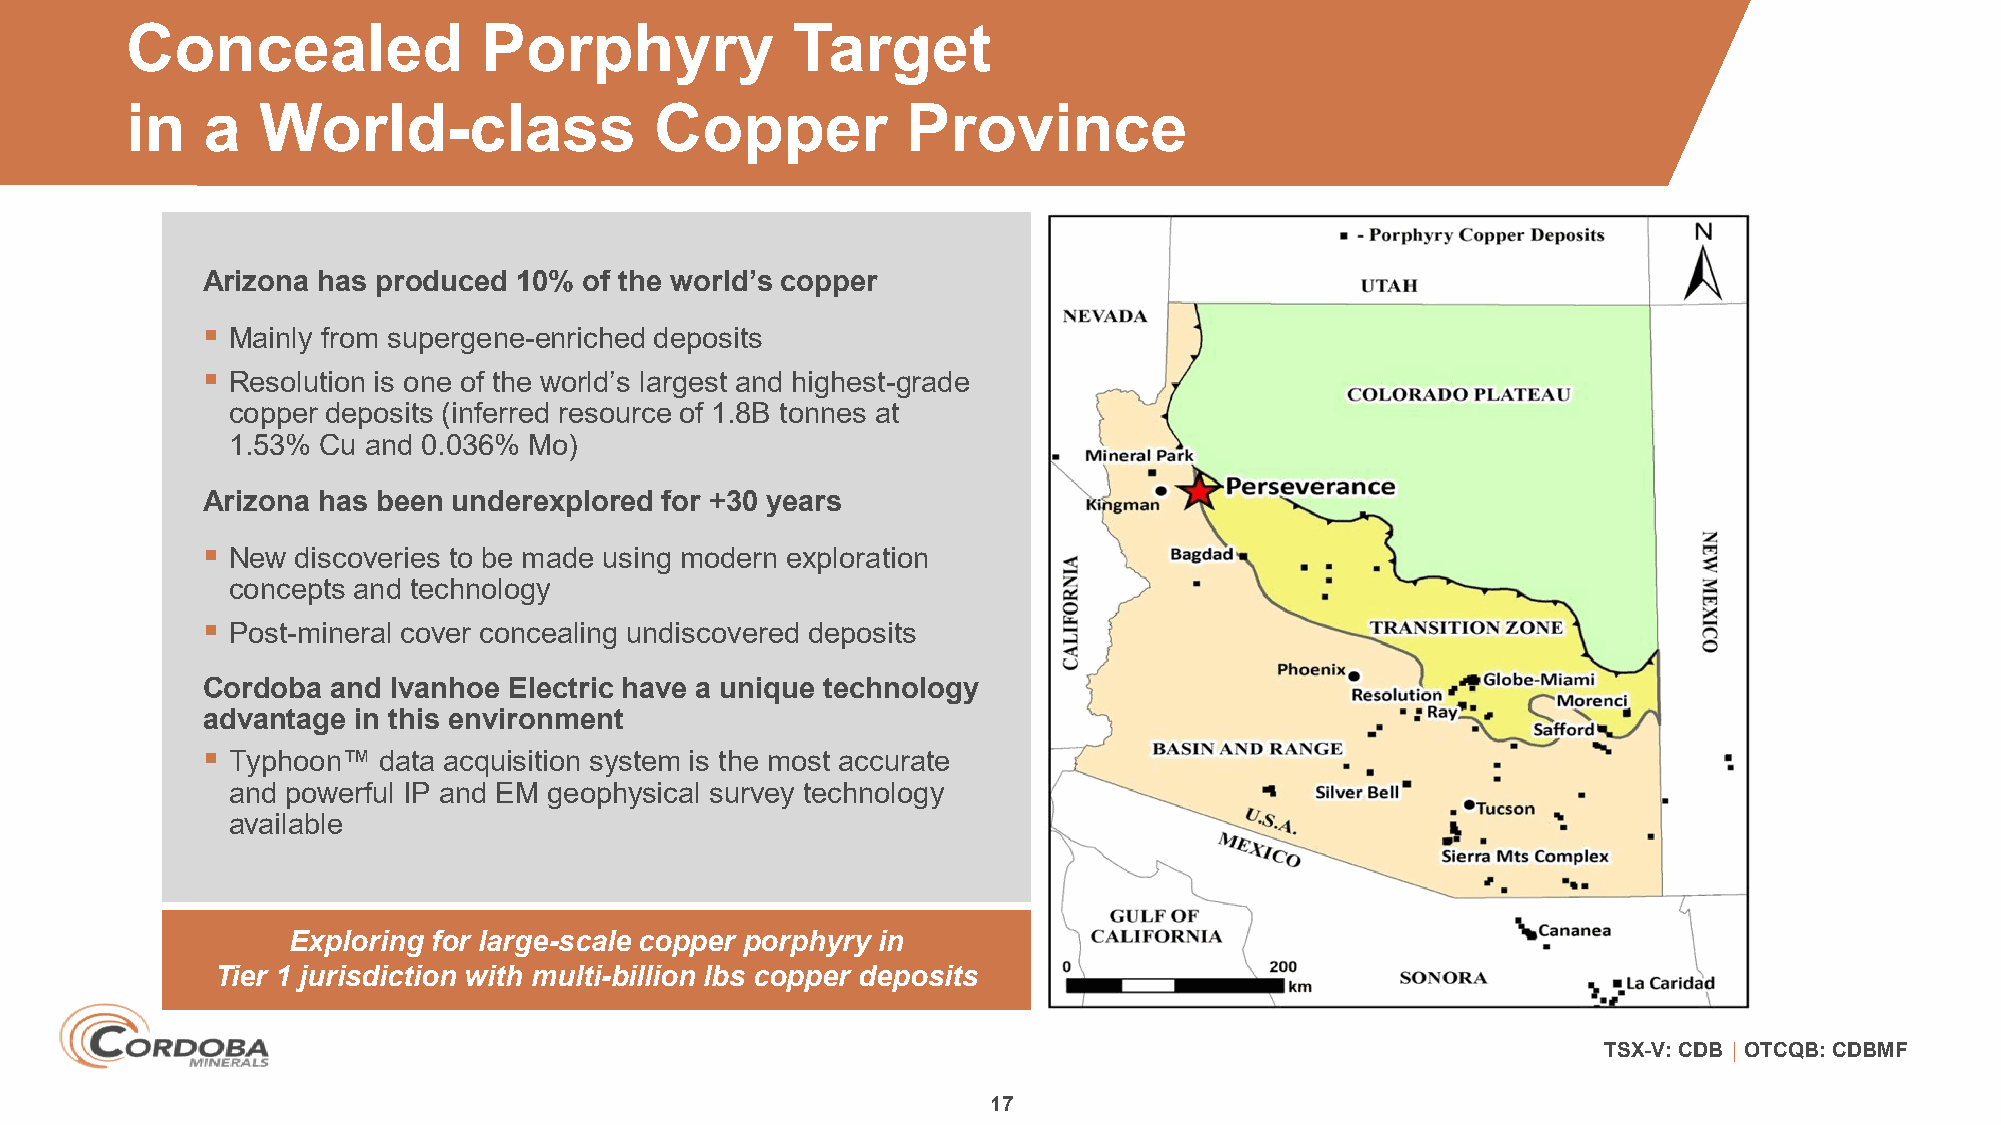
Concealed               Porphyry            Target
 in   a   World-class               Copper           Province
 Arizona has produced 10%  of the world’s copper
 
 Mainly from supergene-enriched deposits
 
 Resolution is one of the world’s largest and highest-grade
 copper deposits (inferred resource of 1.8B tonnes at
 1.53% Cu and 0.036% Mo)
 Arizona has been underexplored for +30 years
 
 New  discoveries to be made using modern exploration
 concepts and technology
 
 Post-mineral cover concealing undiscovered deposits
 Cordoba  and Ivanhoe Electric have a unique technology
 advantage in this environment
 
 Typhoon™  data acquisition system is the most accurate
 and powerful IP and EM geophysical survey technology
 available
 Exploring for large-scale copper porphyry in
 Tier 1 jurisdiction with multi-billion lbs copper deposits
 TSX-V: CDB │ OTCQB: CDBMF
 17